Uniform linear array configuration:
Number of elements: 64
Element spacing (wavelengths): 0.5
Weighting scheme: cosine
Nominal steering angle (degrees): -15
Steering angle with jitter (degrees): -13.124
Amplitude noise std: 0.05
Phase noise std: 0.05

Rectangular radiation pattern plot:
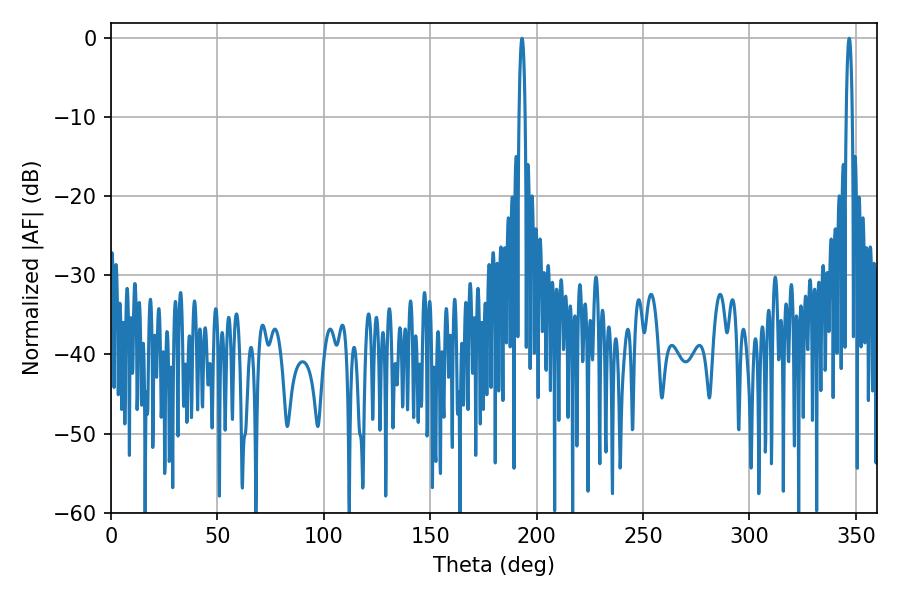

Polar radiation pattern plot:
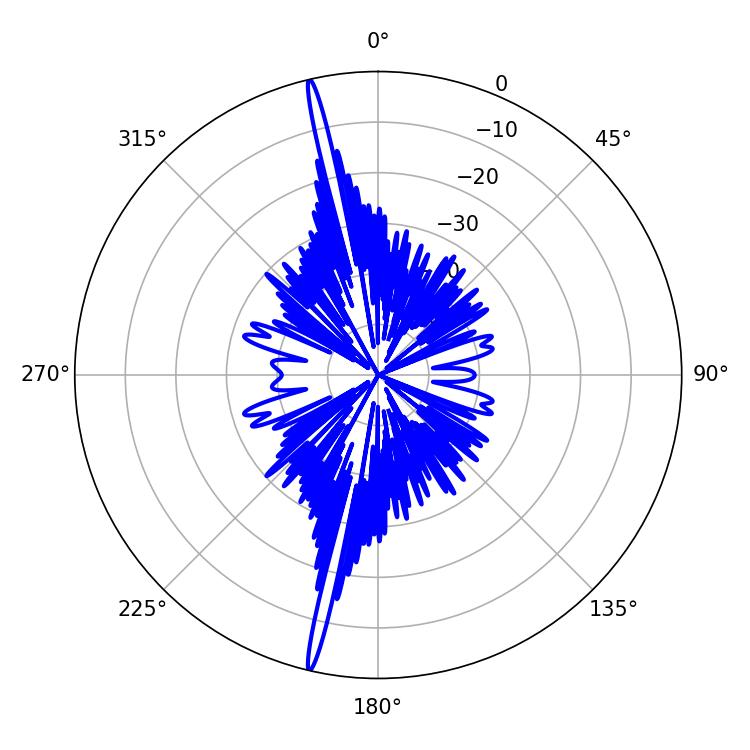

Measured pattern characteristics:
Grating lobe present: FALSE
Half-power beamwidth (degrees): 1.44
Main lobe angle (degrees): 346.86